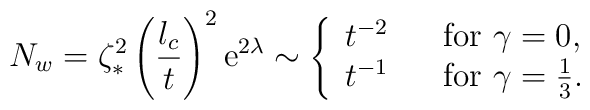
N_w   =    \zeta^2_\ast        \left( \frac{l_c}{t}        \right)^2 \mathrm{e}^{2\lambda}   \sim \left\{                \begin{array}{ll}                 t^{-2} & \textrm{\,\,\, for } \gamma=0, \\                 t^{-1} & \textrm{\,\,\, for } \gamma=\frac{1}{3}.               \end{array}          \right.